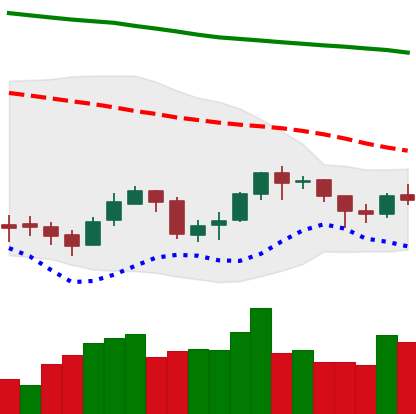
Ticker: BNB-USD
Chart end date: 2018-09-28
Forward return: 3.028%
Label: up_3_5